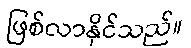
ဖြစ်လာနိုင်သည်။